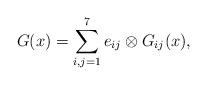
LaTeX: \begin{align*} G(x)=\sum_{i,j=1}^7 e_{ij}\otimes G_{ij}(x), \end{align*}